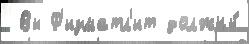
 Вы Ф'изматл'ит должны́